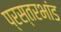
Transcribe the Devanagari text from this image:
प्रस्तरभांड